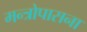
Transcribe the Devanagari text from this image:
मन्त्रोपासना